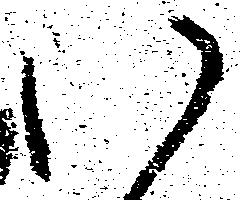
い